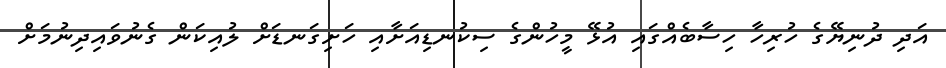
އަދި ދުނިޔޭގެ ހުރިހާ ހިސާބެއްގައި އުޅޭ މީހުންގެ ސިކުނޑިއަށާއި ހަށިގަނޑަށް ލުއިކަން ގެނުވައިދިނުމަށް